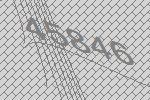
45846